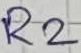
Text: R2